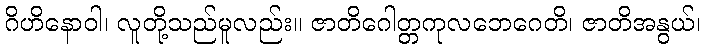
ဂိဟိနောဝါ၊ လူတို့သည်မူလည်း။ ဇာတိဂေါတ္တကုလဘေဂေတိ၊ ဇာတိအနွယ်၊